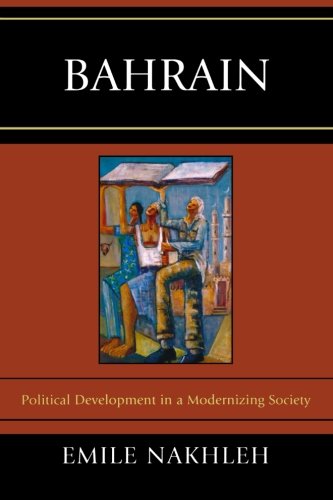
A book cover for Bahrain: Political Development in a Modernizing Society; Emile Nakhleh; History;